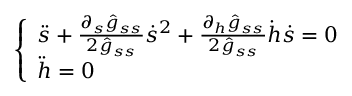
\left\{ \begin{array} { l } { \ddot { s } + \frac { \partial _ { s } \hat { g } _ { s s } } { 2 \hat { g } _ { s s } } \dot { s } ^ { 2 } + \frac { \partial _ { h } \hat { g } _ { s s } } { 2 \hat { g } _ { s s } } \dot { h } \dot { s } = 0 } \\ { \ddot { h } = 0 } \end{array} \right.